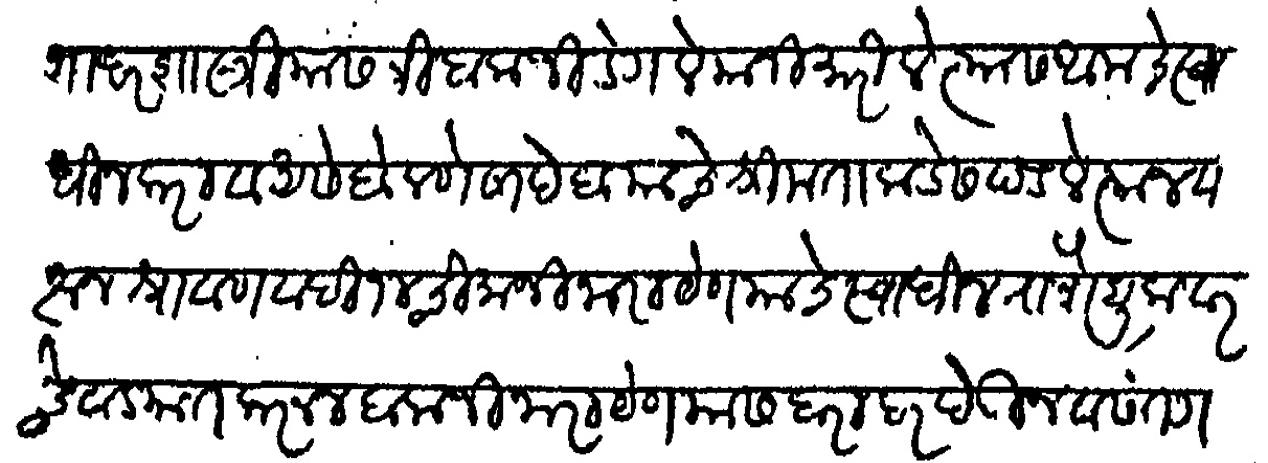
Transliteration (Devanagari): गंगाधर शास्त्रीयास त्रिंबकजी डेगले यांनी मारिले त्यास आमचे स्वाधीन करावा असे बोलणे साहेब याचे श्रीमंता कडेस पडले त्याज वरून श्रावण वदी १४ चिमाजी नारायण यांचे स्वाधीन रात्रौ शुक्रवारचे वाड्यात करून बालाजी नारायण यास बराबरी देऊन वसंतगडी